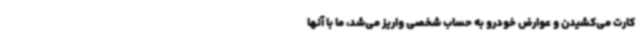
کارت می‌کشیدن و عوارض خودرو به حساب شخصی واریز می‌شد، ما با آنها